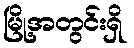
မြို့အတွင်းရှိ